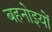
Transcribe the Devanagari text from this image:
बहनोइयों